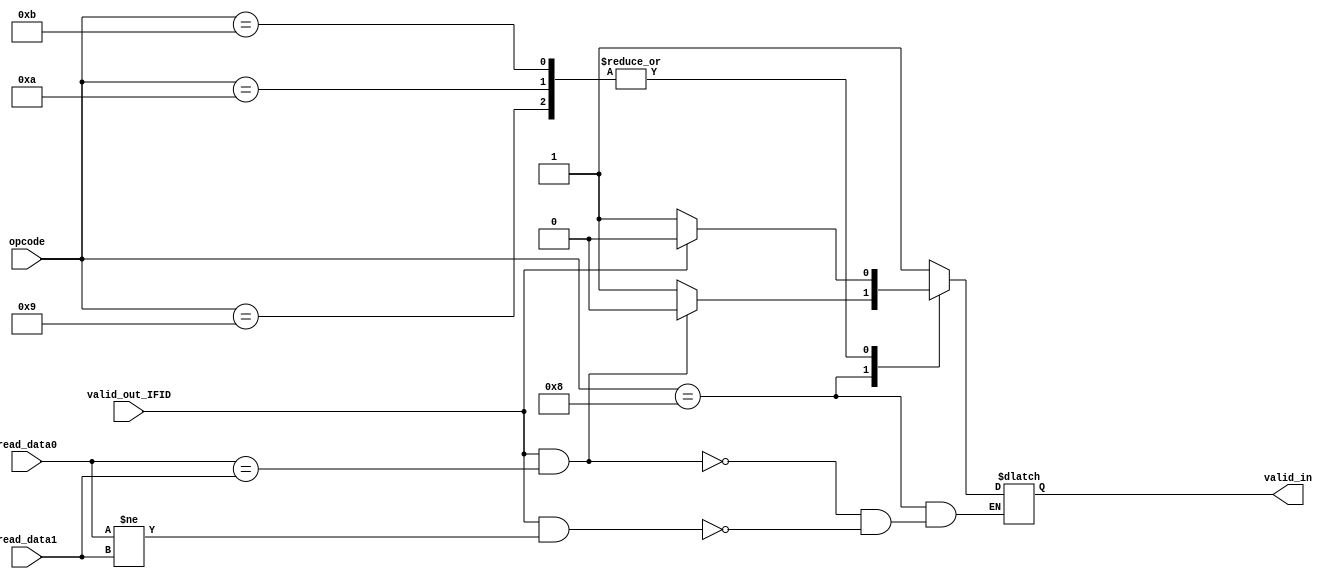
module branch_valid(opcode,valid_out_IFID,valid_in,read_data0,read_data1);
input [3:0] opcode;
input valid_out_IFID;
input [15:0] read_data0,read_data1;
output reg valid_in;


always @(opcode,read_data0,read_data1,valid_out_IFID)
begin
case(opcode)
4'b1000://BEQ
begin
if(valid_out_IFID && read_data0==read_data1)
valid_in<=1'b0;
else if(valid_out_IFID && read_data0!=read_data1)
valid_in<=1'b1;
//else if (!valid_out_IFID)
//valid_in<=1'b1;
end

4'b1001://JAL
begin
if(valid_out_IFID)
valid_in<=1'b0;
else
valid_in<=1'b1;
end

4'b1010://JLR
begin
if(valid_out_IFID)
valid_in<=1'b0;
else
valid_in<=1'b1;
end

4'b1011://JRI
begin
if(valid_out_IFID)
valid_in<=1'b0;
else
valid_in<=1'b1;
end

default://
valid_in<=1'b1;

endcase
end

endmodule